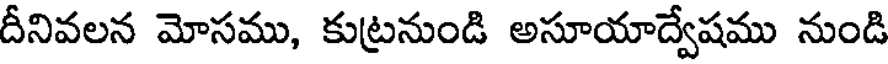
దీనివలన మోసము, కుట్రనుండి అసూయాద్వేషము నుండి